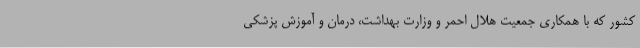
کشور که با همکاری جمعیت هلال احمر و وزارت بهداشت، درمان و آموزش پزشکی